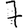
Digit: 7